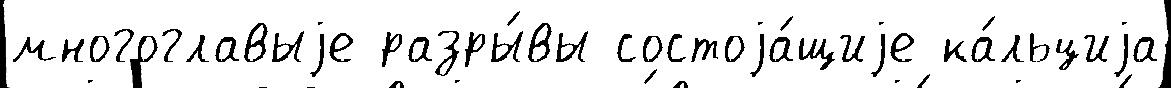
многоглавыjе разры́вы состоjа́щиjе ка́льциjа